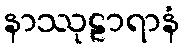
နာဿုဠာရာနံ